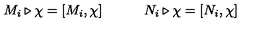
M _ { i } \triangleright \chi = [ M _ { i } , \chi ] \qquad \quad N _ { i } \triangleright \chi = [ N _ { i } , \chi ]